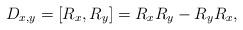
LaTeX: \begin{align*}D_{x,y}=\left[ R_{x},R_{y}\right] =R_{x}R_{y}-R_{y}R_{x},\end{align*}